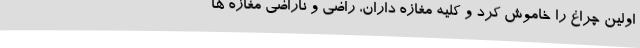
اولین چراغ را خاموش کرد و کلیه مغازه داران، راضی و ناراضی مغازه ها